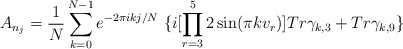
\begin{align*}A_{n_j}= \frac{1}{N}\sum_{k=0}^{N-1}e^{-2\pi i kj/N}\ \{i[ \prod_{r=3}^{5} 2 \sin ( \pi k v_r ) ] Tr\gamma_{k,3} + Tr\gamma_{k, 9}\}\end{align*}